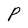
Character: P